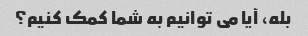
بله، آیا می توانیم به شما کمک کنیم؟